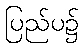
ပြည်ပ၌